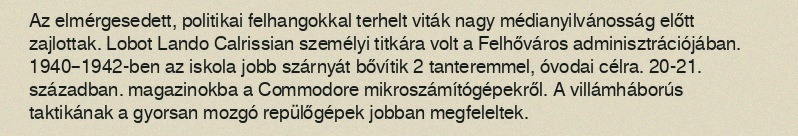
Az elmérgesedett, politikai felhangokkal terhelt viták nagy médianyilvánosság előtt zajlottak. Lobot Lando Calrissian személyi titkára volt a Felhőváros adminisztrációjában. 1940–1942-ben az iskola jobb szárnyát bővítik 2 tanteremmel, óvodai célra. 20-21. században. magazinokba a Commodore mikroszámítógépekről. A villámháborús taktikának a gyorsan mozgó repülőgépek jobban megfeleltek.